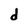
Character: d